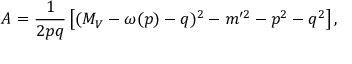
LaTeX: A = \frac { 1 } { 2 p q } \left[ ( M _ { V } - \omega ( p ) - q ) ^ { 2 } - m ^ { \prime 2 } - p ^ { 2 } - q ^ { 2 } \right] ,